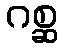
ဂစ္ဆ